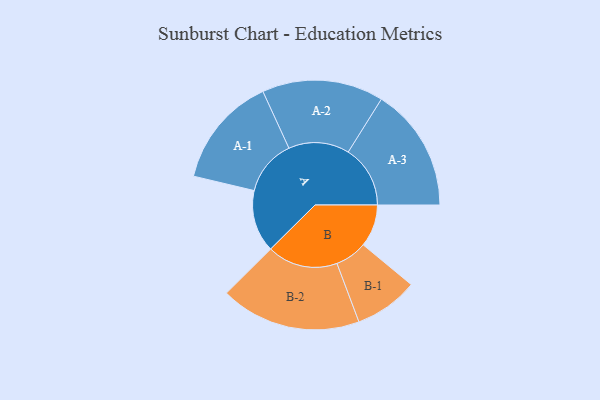
{"axis": {"x": "Segment", "y": "Value"}, "legend": ["", "A", "B"], "data": [{"x": "A", "y": 244, "type": ""}, {"x": "B", "y": 166, "type": ""}, {"x": "A-1", "y": 218, "type": "A"}, {"x": "A-2", "y": 238, "type": "A"}, {"x": "A-3", "y": 243, "type": "A"}, {"x": "B-1", "y": 125, "type": "B"}, {"x": "B-2", "y": 276, "type": "B"}]}